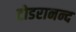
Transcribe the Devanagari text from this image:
टोडरानन्द